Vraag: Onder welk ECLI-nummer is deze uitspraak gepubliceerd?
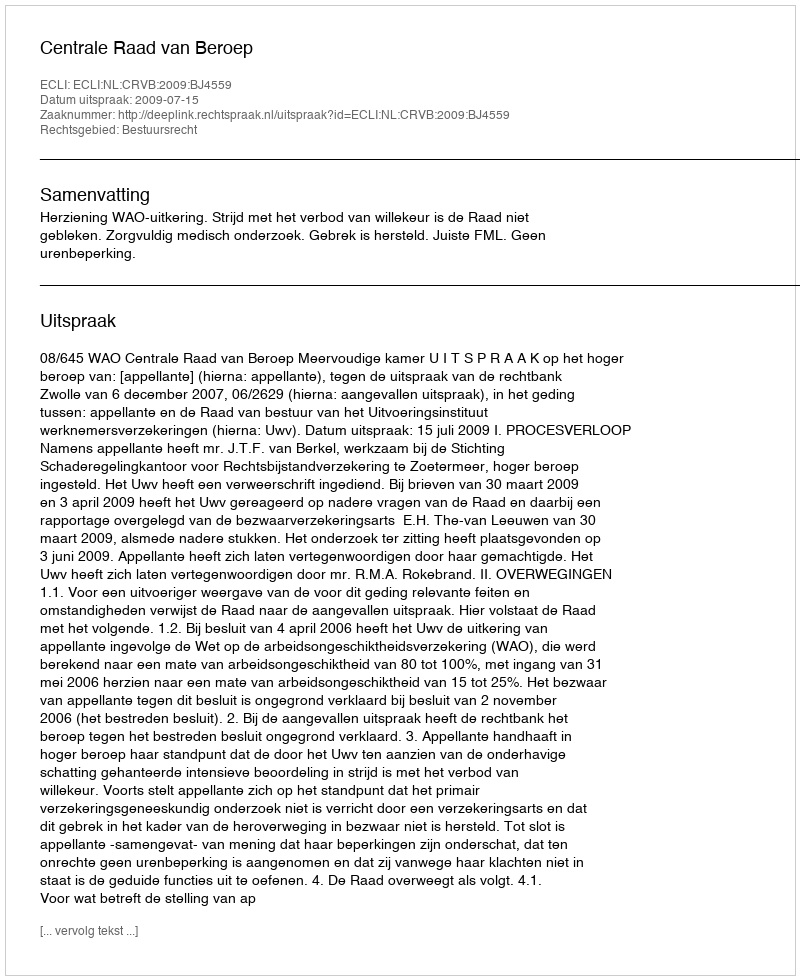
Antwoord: ECLI:NL:CRVB:2009:BJ4559